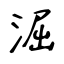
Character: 淈